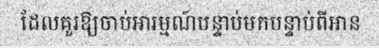
ដែលគួរឱ្យចាប់អារម្មណ៍បន្ទាប់មកបន្ទាប់ពីអាន